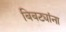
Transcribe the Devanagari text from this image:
बिबट्यांना